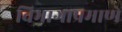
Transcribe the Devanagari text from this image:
विभागाप्रमाणे